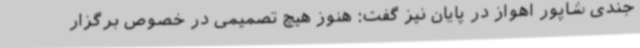
جندی شاپور اهواز در پایان نیز گفت: هنوز هیچ تصمیمی در خصوص برگزار